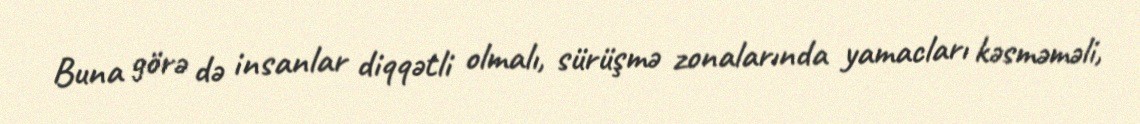
Buna görə də insanlar diqqətli olmalı, sürüşmə zonalarında yamacları kəsməməli,